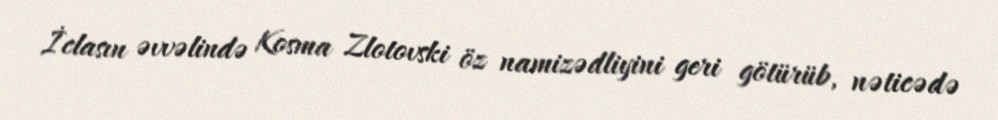
İclasın əvvəlində Kosma Zlotovski öz namizədliyini geri götürüb, nəticədə